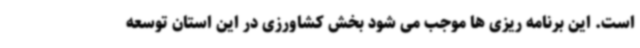
است. این برنامه ریزی ها موجب می شود بخش کشاورزی در این استان توسعه